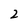
Character: 2